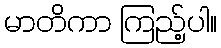
မာတိကာ ကြည့်ပါ။